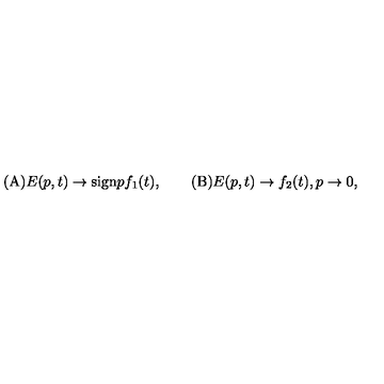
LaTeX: \mathrm { ( A ) } E ( p , t ) \to \mathrm { s i g n } p f _ { 1 } ( t ) , \qquad \mathrm { ( B ) } E ( p , t ) \to f _ { 2 } ( t ) , p \to 0 ,